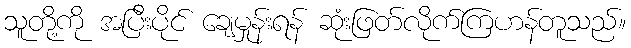
သူတို့ကို အပြီးပိုင် ချေမှုန်းရန် ဆုံးဖြတ်လိုက်ကြဟန်တူသည်။